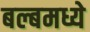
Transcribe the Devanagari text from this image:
बल्बमध्ये